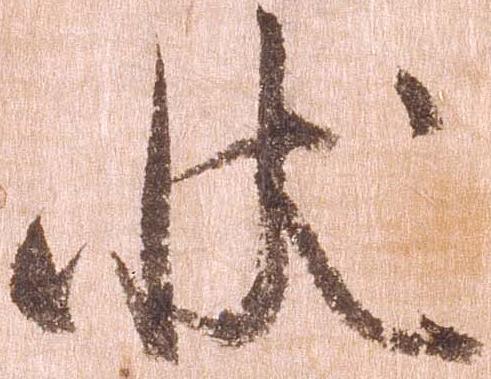
状